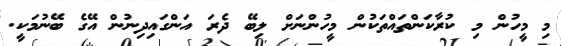
މި މީހުން މި ކުރާކަންތައްތަކުން މީހުންނަށް ލިބޭ ދެރަ އަންގައިދިނުން އޭގެ ބޭނުމަކީ.